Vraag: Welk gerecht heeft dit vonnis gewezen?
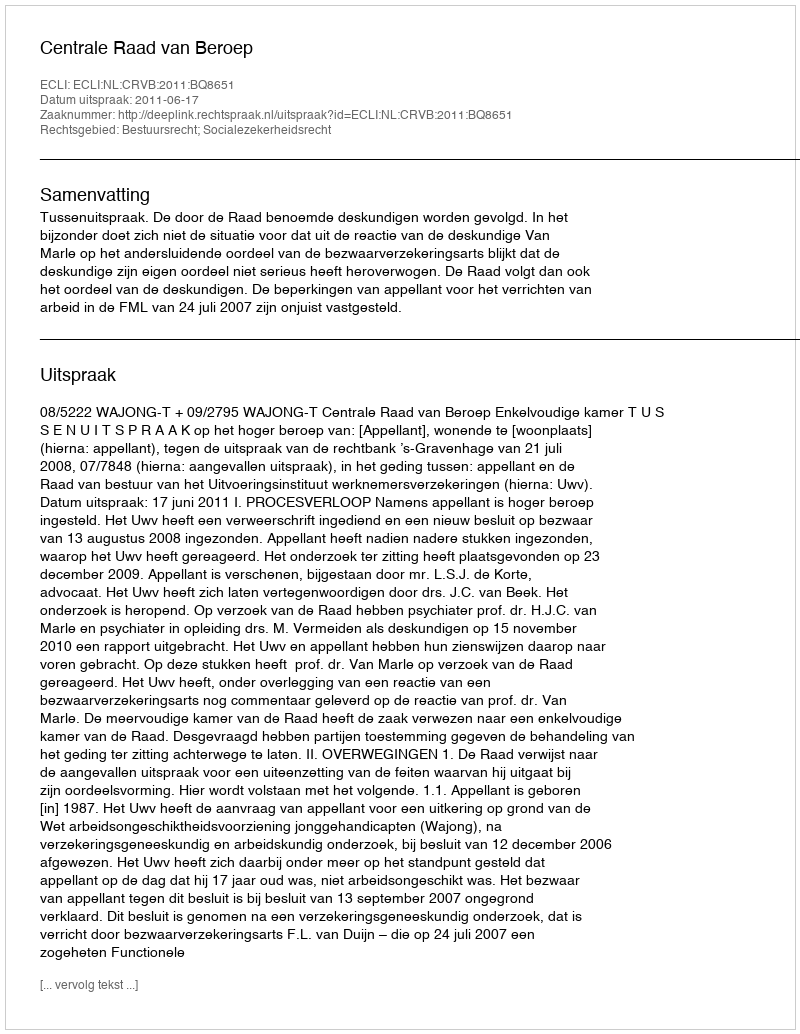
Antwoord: Centrale Raad van Beroep